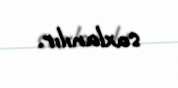
saxlanılır.